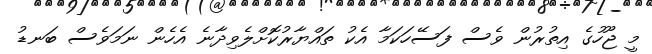
މީ ޖޫހުގެ އިތުރުން ވެސް ފަސޭހަކަމާ އެކު ތައްޔާރުކޮށްލެވިދާނެ އެހެން ނަމަވެސް ބަނޑު